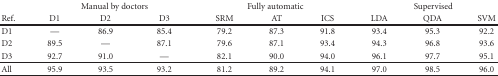
<table><thead><tr><td></td><td colspan="3"><b> Manual by doctors</b></td><td colspan="3"><b> Fully automatic</b></td><td colspan="3"><b> Supervised</b></td></tr><tr><td><b>Ref.</b></td><td><b> D1</b></td><td><b> D2</b></td><td><b> D3</b></td><td><b> SRM</b></td><td><b> AT</b></td><td><b> ICS</b></td><td><b> LDA</b></td><td><b> QDA</b></td><td><b> SVM </b></td></tr></thead><tbody><tr><td> D1</td><td> —</td><td> 86.9</td><td> 85.4</td><td> 79.2</td><td> 87.3</td><td> 91.8</td><td> 93.4</td><td> 95.3</td><td> 92.2</td></tr><tr><td>D2</td><td> 89.5</td><td>—</td><td> 87.1</td><td> 79.6</td><td> 87.1</td><td> 93.4</td><td> 94.3</td><td> 96.8</td><td> 93.6</td></tr><tr><td>D3</td><td> 92.7</td><td> 91.0</td><td>—</td><td> 82.1</td><td> 90.0</td><td> 94.0</td><td> 96.1</td><td> 97.7</td><td> 95.1 </td></tr><tr><td> All</td><td> 95.9</td><td> 93.5</td><td> 93.2</td><td> 81.2</td><td> 89.2</td><td> 94.1</td><td> 97.0</td><td> 98.5</td><td> 96.0</td></tr></tbody></table>